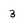
Character: 3